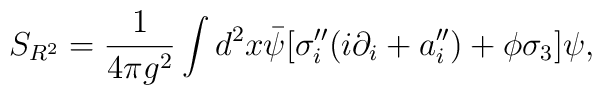
S_{R^2}=\frac{1}{4\pi g^2}\int d^2 x \bar\psi[\sigma''_i(i\partial_i+a''_i)+\phi\sigma_3]\psi,